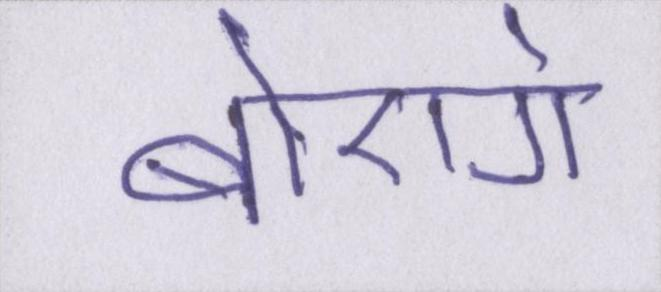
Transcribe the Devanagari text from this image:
बोएगे